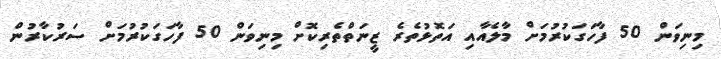
މިނިވަން 50 ފާހަގަކުރުމަށް މާލެއާއި އަތޮޅުތެރެ ޒީނަތްތެރިކޮށް މިނިވަން 50 ފާހަގަކުރުމަށް ސަރުކާރުން